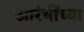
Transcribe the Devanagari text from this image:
आरंभींच्या